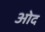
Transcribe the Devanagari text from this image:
ओद